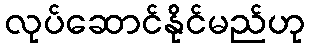
လုပ်ဆောင်နိုင်မည်ဟု